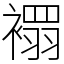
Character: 𧝁